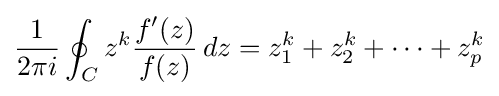
{\frac {1}{2\pi i}}\oint _{C}z^{k}{\frac {f'(z)}{f(z)}}\,dz=z_{1}^{k}+z_{2}^{k}+\cdots +z_{p}^{k}